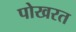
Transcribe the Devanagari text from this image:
पोखरत